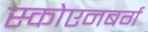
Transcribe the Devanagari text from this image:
स्कोएनबर्ग